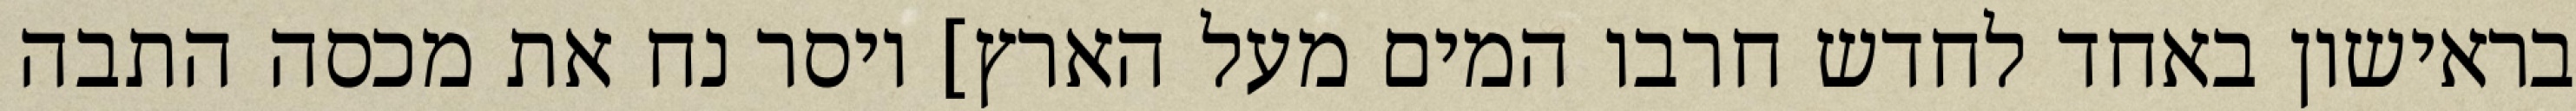
בראישון באחד לחדש חרבו המים מעל הארץ] ויסר נח את מכסה התבה